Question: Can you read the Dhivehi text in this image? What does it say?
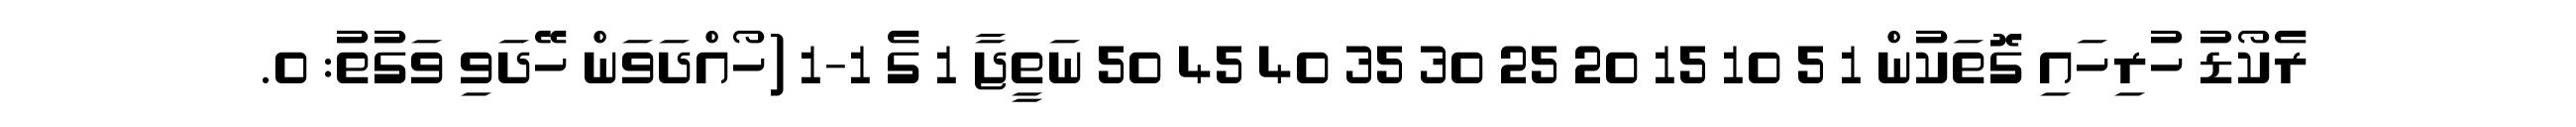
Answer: ރެކޯޑު ހުރިހައި ގޮތަކުން 1 5 10 15 20 25 30 35 40 45 50 ނަތީޖާ 1 ގެ 1-1 (ހޯއްދަވަން ހޭދަވި ވަގުތު: 0.